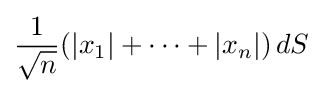
{\frac {1}{\sqrt {n}}}(|x_{1}|+\cdots +|x_{n}|)\,dS